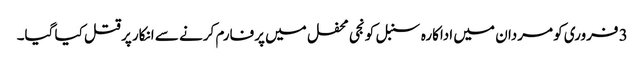
3 فروری کو مردان میں اداکارہ سنبل کو نجی محفل میں پرفارم کرنے سے انکار پر قتل کیا گیا۔